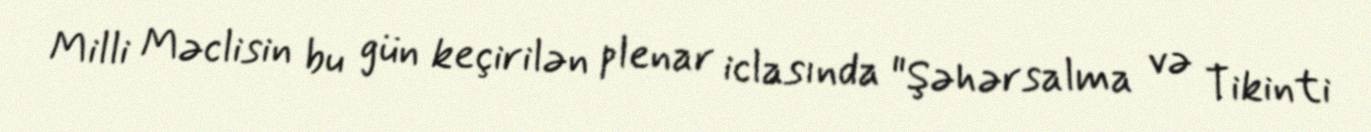
Milli Məclisin bu gün keçirilən plenar iclasında "Şəhərsalma və Tikinti